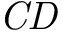
\it C D